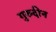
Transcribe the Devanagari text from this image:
गुरुदीन